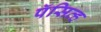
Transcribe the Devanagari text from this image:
पॅसिव्ह